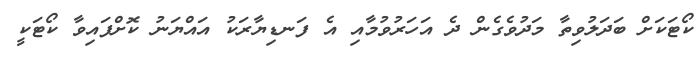
ކޯޓަކަށް ބަދަލުވިތާ މަދުވެގެން ދެ އަހަރުވުމާއި އެ ފަނޑިޔާރަކު އައްޔަނު ކޮށްފައިވާ ކޯޓަކީ